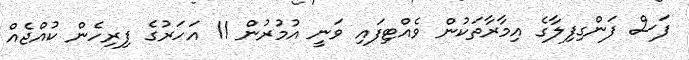
ފަސް ފަންގިފިލާގެ އިމާރާތަކުން ވެއްޓިފައި ވަނީ އުމުރުން 11 އަހަރުގެ ފިރިހެން ކުއްޖެއް